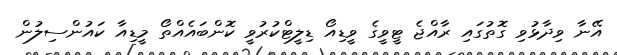
އޭނާ ވިދާޅުވި ގޮތުގައި ރާއްޖެ ޓީވީގެ ވީޑިއޯ ޑިލީޓްކުރުވީ ކޮންބައެއްތޯ މީޑިއާ ކައުންސިލުން